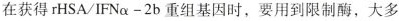
在获得$$rHSA/IFN \alpha -2b$$重组基因时，要用到限制酶，大多